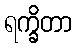
ရက္ခိတာ